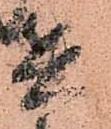
兵